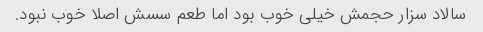
سالاد سزار حجمش خیلی خوب بود اما طعم سسش اصلا خوب نبود.